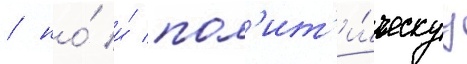
/ но́ и́ пол'ит'и́ческуу